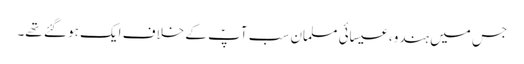
جس میں ہندو، عیسائی مسلمان سب آپؑ کے خلاف ایک ہو گئے تھے۔